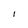
Character: l